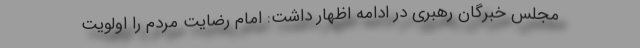
مجلس خبرگان رهبری در ادامه اظهار داشت: امام رضایت مردم را اولویت